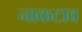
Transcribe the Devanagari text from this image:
नाकटाव